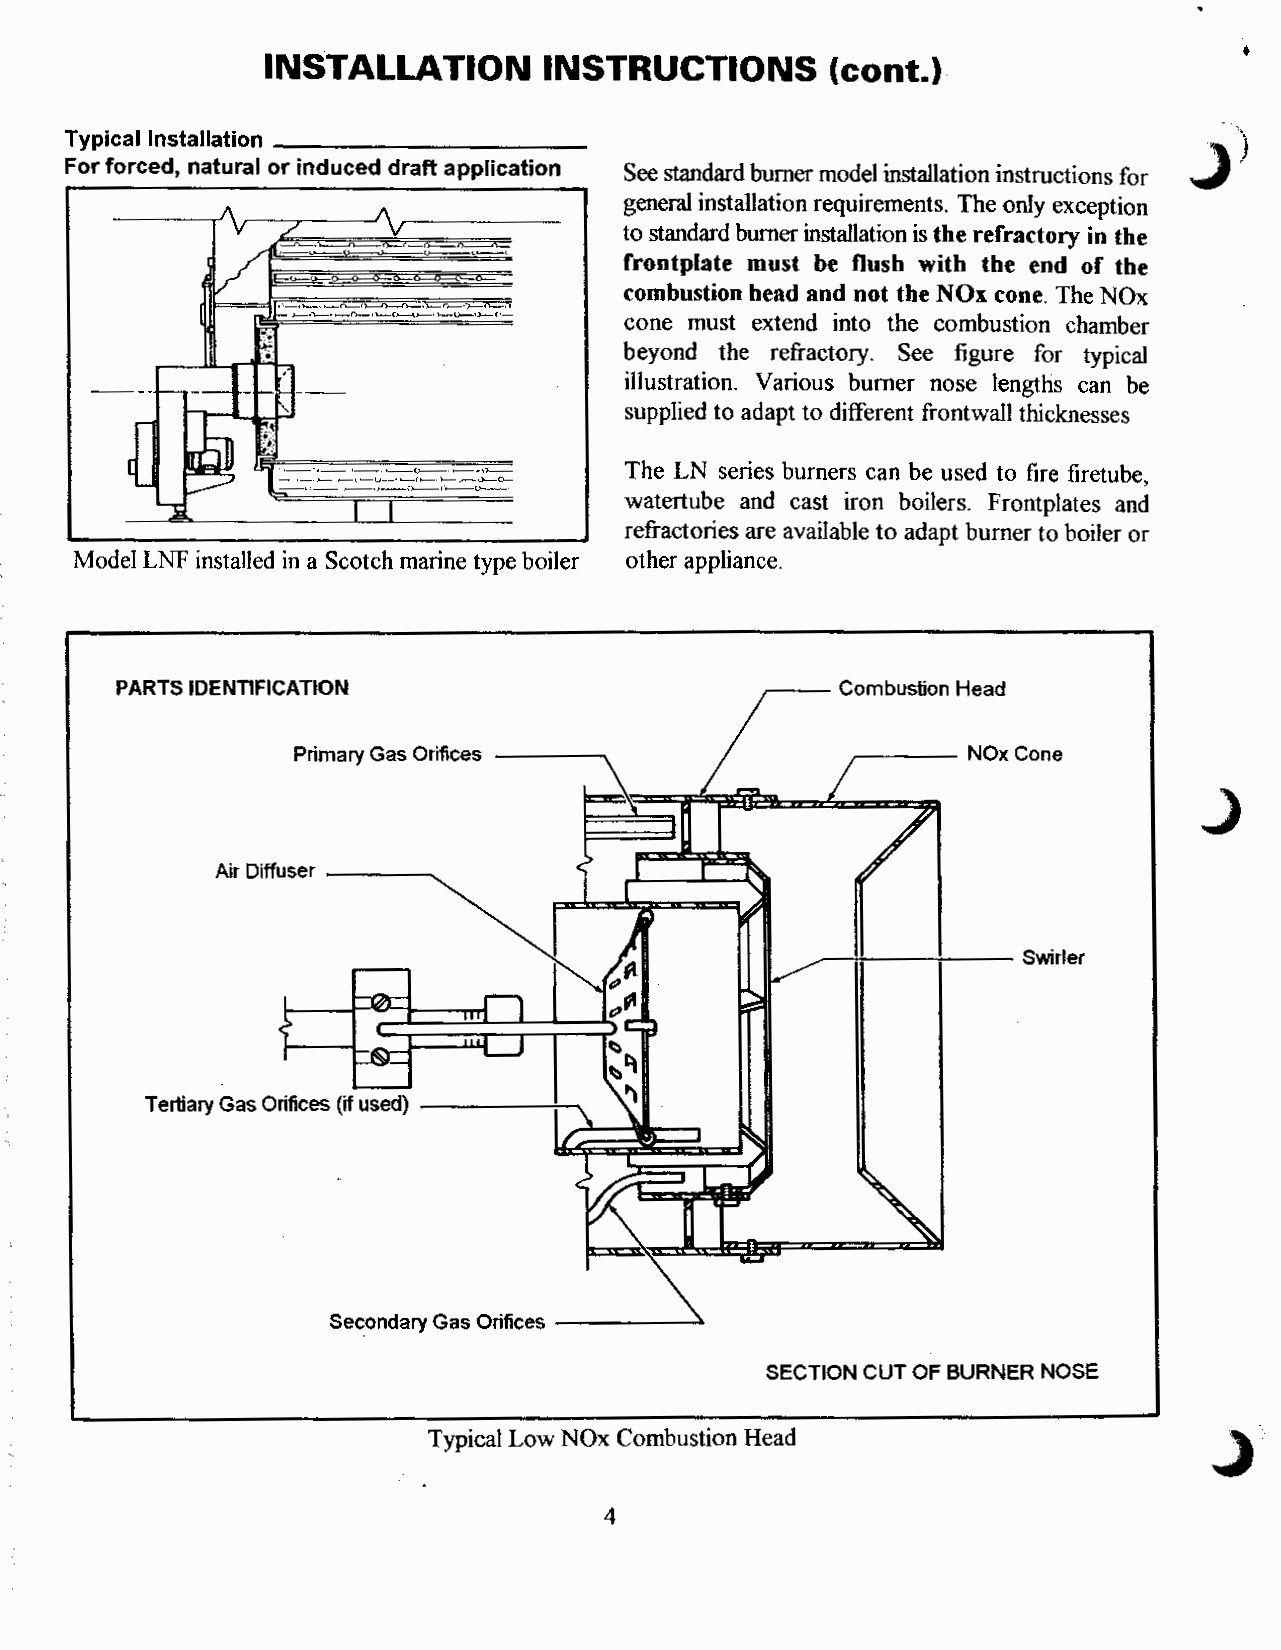
•
 INSTALLATION      INSTRUCTIONS       (cont.)
 Typical Installation ___________
 For forced, natural or induced draft application
 See standard burner model installation instructions for
 general installation requirements. The only exception
 to standard burner installation is the refractory in the
 frontplate must be flush with the end of the
 combustion head and not the NOx cone. The NOx
 ,·._,---., ,_n,...._,l--f')._O--,l---r-•")..
 >--•""t>-•,.__0--,l-C_l,..__,1--0-.,:>,.-t·- cone must extend into the combustion chamber
 beyond the refractory. See figure for typical
 illustration. Various burner nose lengths can be
 supplied to adapt to different frontwall thicknesses
 ·-·-•-.-<>---,_,,_    The LN series burners can be used to fire firetube,
 __ ,,_,.,.___ • --1-'-,-V,--•(..>._-__-_-(-).-..-._-:),.-..-._<,-->0-----0·-
 watertube and cast iron boilers. Frontplates and
 refractories are available to adapt burner to boiler or
 Model LNF installed in a Scotch marine type boiler other appliance.
 PARTS IDENTIFICATION                      ,---- Combustion Head
 Primary Gas Orifices -------.        ----    NOx Cone
 Air Diffuser -----...
 ------=---
 Swirler
 Secondary Gas Orifices _____ _..
 SECTION CUT OF BURNER NOSE
 Typical Low NOx Combustion Head
 4